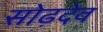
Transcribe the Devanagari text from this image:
सोढ़देव